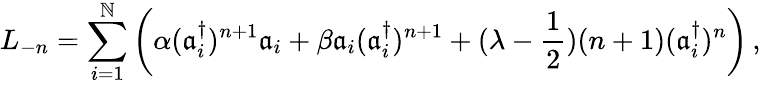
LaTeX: L_{-n}=\sum_{i=1}^{\mathbb{N}}\left(\alpha(\mathfrak{a}_{i}^{\dagger})^{n+1}\mathfrak{a}_{i}+\beta\mathfrak{a}_{i}(\mathfrak{a}_{i}^{\dagger})^{n+1}+(\lambda-{\frac{{1}}{{2}}})(n+1)(\mathfrak{a}_{i}^{\dagger})^{n}\right)\, ,